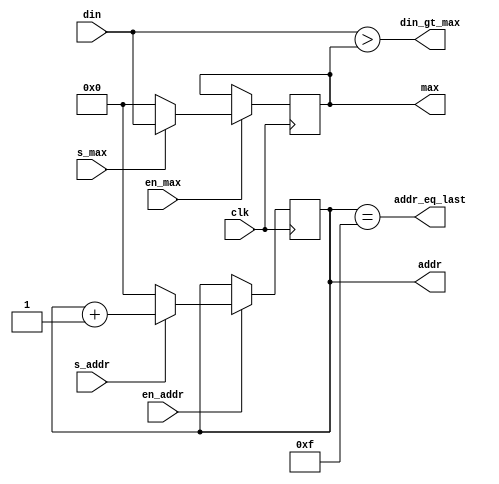
module datapath (
   input             clk,
   input             en_addr,
   input             en_max,
   input             s_addr,
   input             s_max,
   input       [3:0] din,
   output reg  [3:0] addr,
   output reg  [3:0] max,
   output            din_gt_max,
   output            addr_eq_last
   );
   

/*****************************************************************************
 *                           Parameter Declarations                          *
 *****************************************************************************/
   parameter LASTADDR = 4'hf;
 

/*****************************************************************************
 *                 Internal Wires and Registers Declarations                 *
 *****************************************************************************/

// Internal Wires

// Internal Registers

/*****************************************************************************
 *                             Sequential Logic                              *
 *****************************************************************************/
 
   always @(posedge clk)
      if (en_addr)
         if (s_addr)
            addr <= addr + 1;
         else
            addr <= 0;
 
   always @(posedge clk) 
      if (en_max)
         if (s_max)
            max <= din;
         else
            max <= 0;


/*****************************************************************************
 *                            Combinational Logic                            *
 *****************************************************************************/
   assign din_gt_max    = din > max;
   assign addr_eq_last  = addr == LASTADDR;


/*****************************************************************************
 *                              Internal Modules                             *
 *****************************************************************************/


endmodule